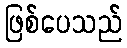
ဖြစ်ပေသည်